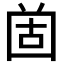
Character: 𡇤